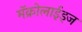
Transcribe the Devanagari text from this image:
मॅक्रोलाईड्ज